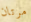
مرتان